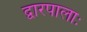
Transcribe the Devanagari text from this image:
द्वारपालाः